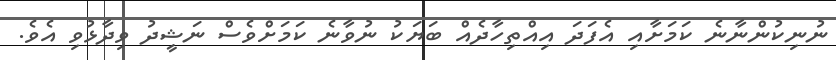
ނުނިކުންނާނެ ކަމަށާއި އެފަދަ އިއްތިހާދެއް ބަޔަކު ނުވާނެ ކަމަށްވެސް ނަޝީދު ވިދާޅުވި އެވެ.